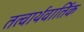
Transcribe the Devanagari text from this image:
तत्वार्थवार्तिक